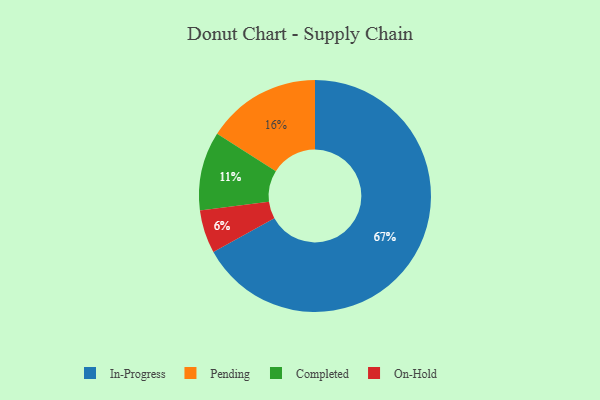
{"axis": {"x": "Category", "y": "Percentage"}, "legend": ["Completed", "In-Progress", "On-Hold", "Pending"], "data": [{"x": "Pending", "y": 16, "type": "Pending"}, {"x": "Completed", "y": 11, "type": "Completed"}, {"x": "In-Progress", "y": 67, "type": "In-Progress"}, {"x": "On-Hold", "y": 6, "type": "On-Hold"}]}